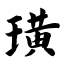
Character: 璜